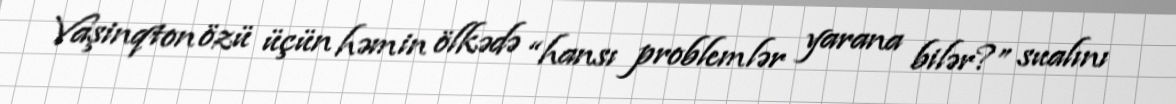
Vaşinqton özü üçün həmin ölkədə “hansı problemlər yarana bilər?” sualını